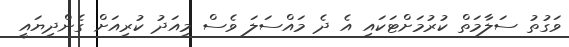
ވަގުތު ސަލާމަތް ކުރުމަށްޓަކައި އެ ދެ މައްސަލަ ވެސް މިއަދު ކުރިއަށް ގެންދިޔައީ